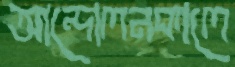
আন্দোলনকালে